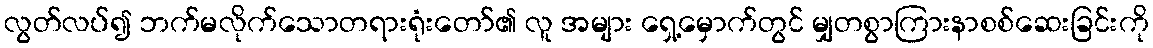
လွတ်လပ်၍ ဘက်မလိုက်သောတရားရုံးတော်၏ လူ အများ ရှေ့မှောက်တွင် မျှတစွာကြားနာစစ်ဆေးခြင်းကို